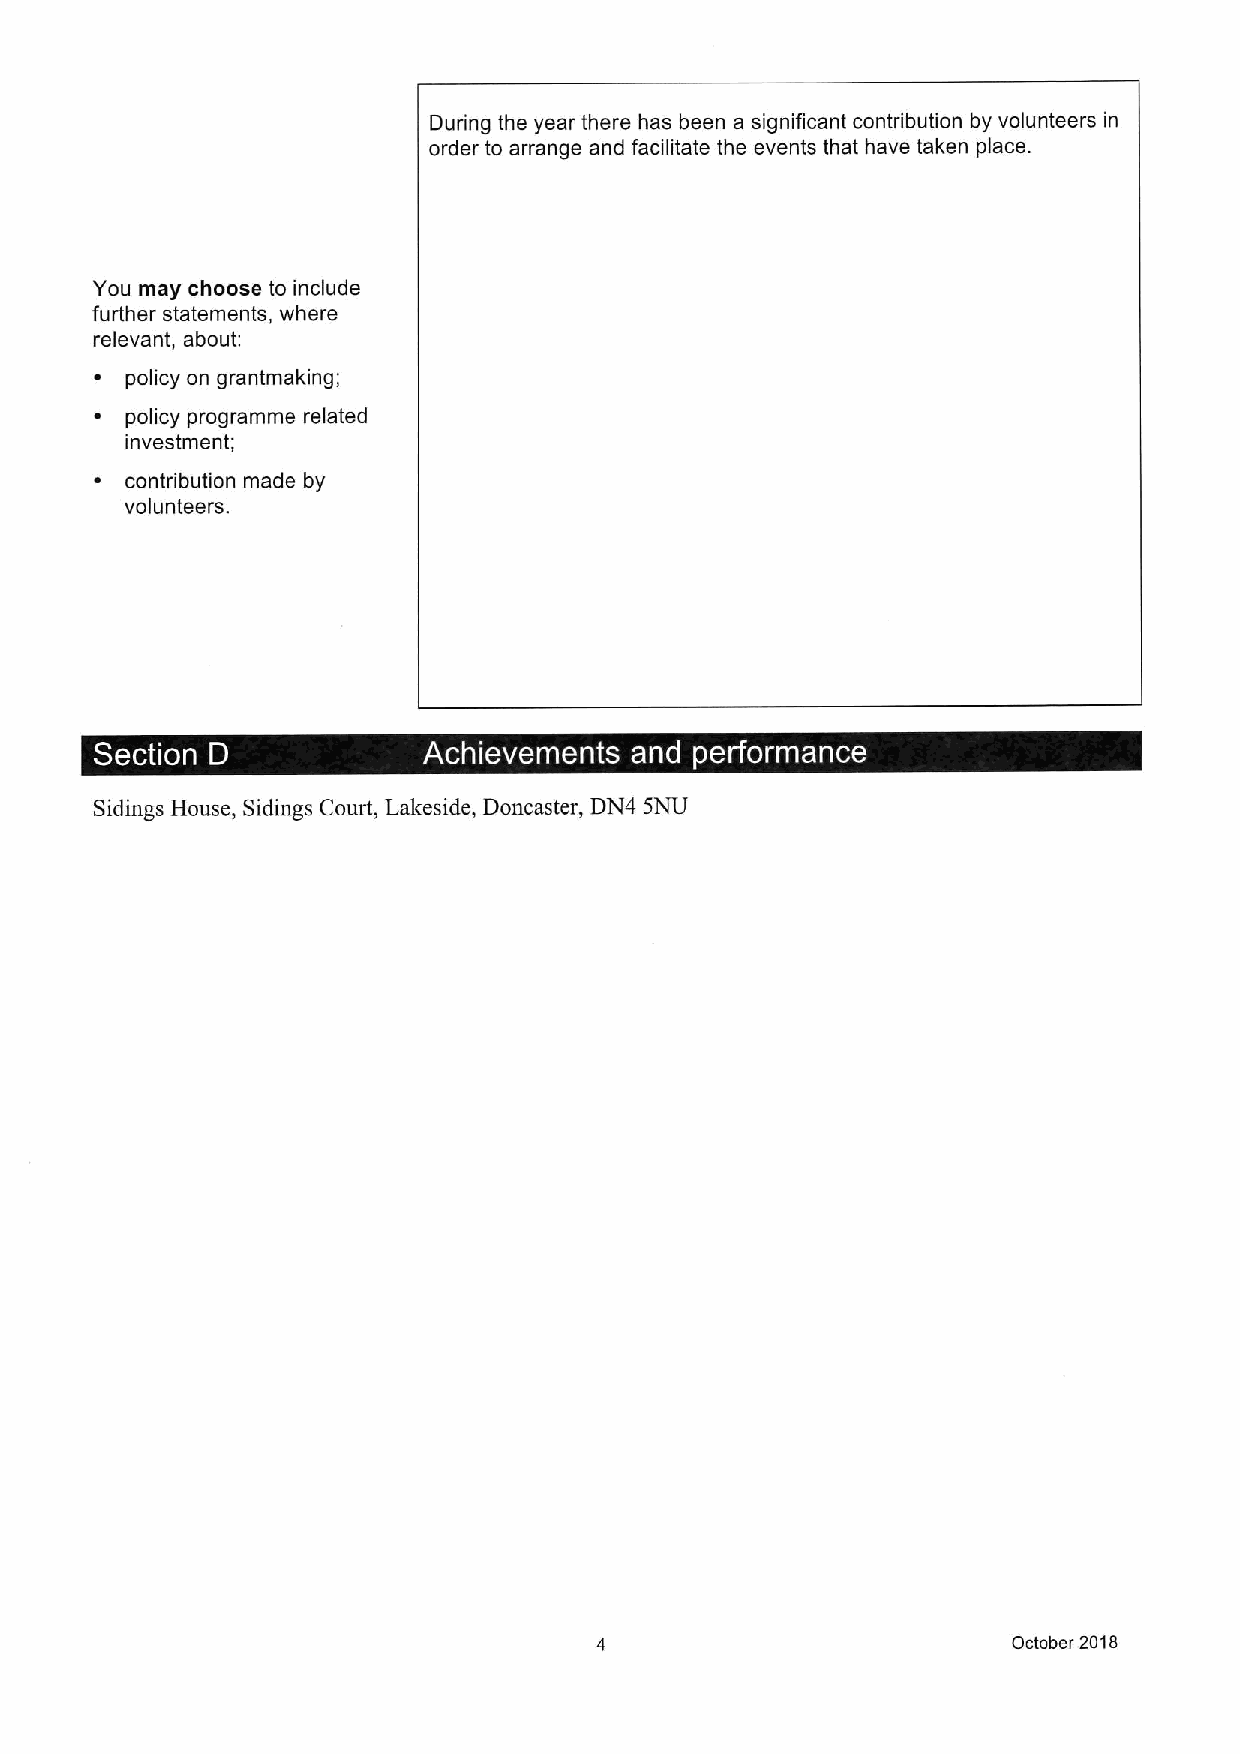
During the year there has been a significant contribution by volunteers in
 order to arrange and facilitate the events that have taken place.
 You may choose to include
 further statements, where
 relevant, about:
 ~ policy on grantmaking;
 ~ policy programme related
 investment;
 ~ contribution made by
 volunteers.
 -
 ~  ~                             ~ ~   ~
 Sidings House, Sidings Court, Lakeside, Doncaster, DN4 SNU
 October 2018